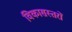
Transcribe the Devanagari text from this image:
विकासस्तरों